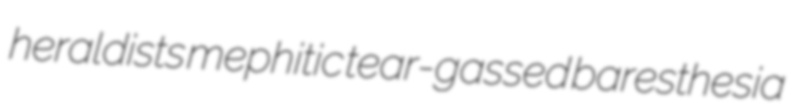
heraldists mephitic tear-gassed baresthesia